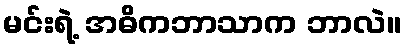
မင်းရဲ့ အဓိကဘာသာက ဘာလဲ။